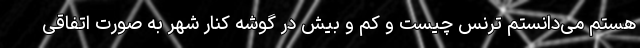
هستم می‌دانستم ترنس چیست و کم و بیش در گوشه کنار شهر به صورت اتفاقی